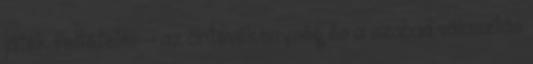
játék feltételei: - az öntevékenység és a szabad választás